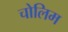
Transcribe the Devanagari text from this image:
चोलिम